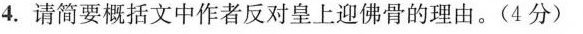
4.请简要概括文中作者反对皇上迎佛骨的理由。(4分)